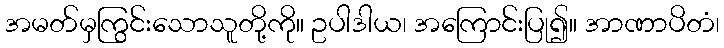
အမတ်မှကြွင်းသောသူတို့ကို။ ဥပါဒါယ၊ အကြောင်းပြု၍။ အာဏာပိတံ၊